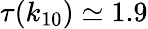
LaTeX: \tau(k_{10})\simeq{1.9}